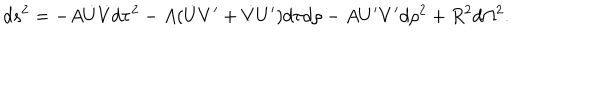
d s ^ { 2 } = - A \dot { U } \dot { V } d \tau ^ { 2 } - A ( \dot { U } V ^ { \prime } + \dot { V } U ^ { \prime } ) d \tau d \rho - A U ^ { \prime } V ^ { \prime } d \rho ^ { 2 } + R ^ { 2 } d \Omega ^ { 2 } .